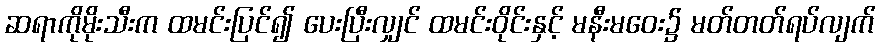
ဆရာကိုမိုးသီးက ထမင်းပြင်၍ ပေးပြီးလျှင် ထမင်းဝိုင်းနှင့် မနီးမဝေး၌ မတ်တတ်ရပ်လျက်